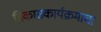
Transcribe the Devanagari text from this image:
विकासकार्यक्रमाचा